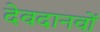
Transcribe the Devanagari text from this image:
देवदानवों